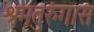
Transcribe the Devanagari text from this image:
श्रमतुरुंगास